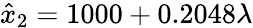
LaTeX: \hat{x}_{2}=1000+0.2048\lambda